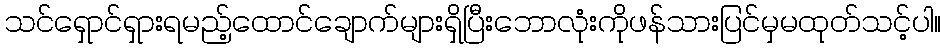
သင်ရှောင်ရှားရမည့်ထောင်ချောက်များရှိပြီးဘောလုံးကိုဖန်သားပြင်မှမထုတ်သင့်ပါ။